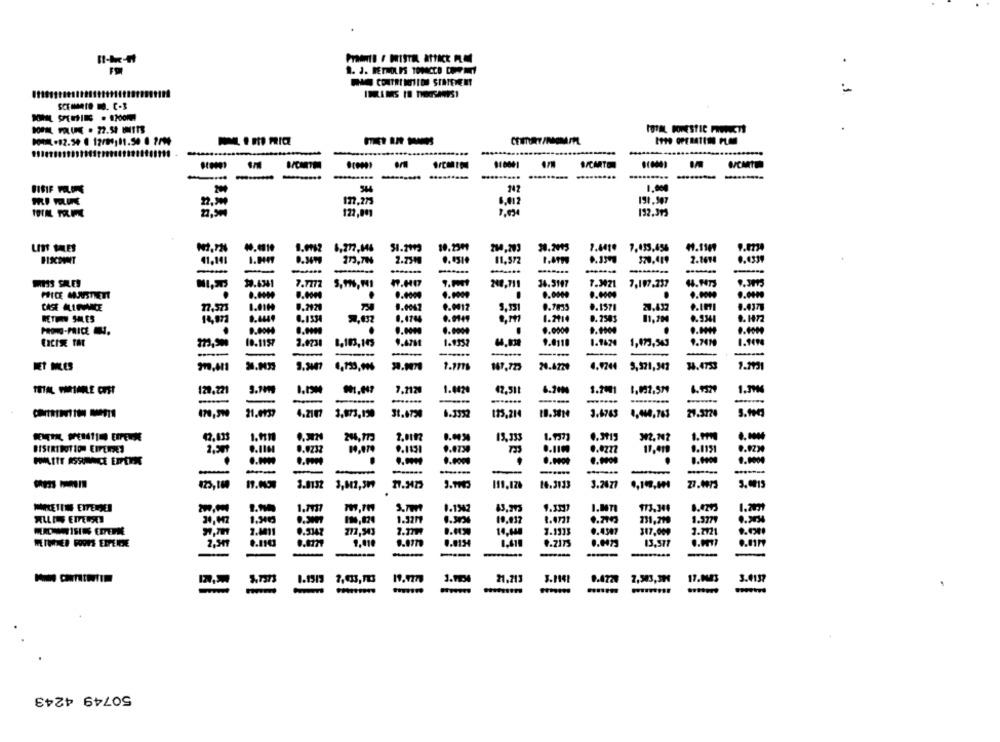
PraatB / MISTEL ATTACK ALCI
1. J. BETNOLES TOMACCE COMPANY
PAR CONTRE MOTION STATEMENT
INLINKS IN THOUSANDS!
DORAL, POLUNE . 22.58 IMITS
TOTAL DOMESTIC PRODUCT!
W/CMTO
.........
BIBIF FILONE
544
147
1.000
127,275
6.012
191.907
122,001
192.39
LITT SALES
8,272,046
51.2193
10.2309
214,203
30. 2015
1.4410 7,135,65%
4.1169
41.141
173,704
2.731
11.577
2.1614
-
-------
MISS SKES
17.6341
n.H07
247.711
34.5197
7.7777
1.9021
7,197,237
PRICE MJUSTHEETHI
.
0.4000
.. 1009
0.0000
.. 0009
...
CASE ALLPUMICE
17,573
0.292
0.0042
9.9417
0.7833
0.1571
20.437
RETURN SALES
0.4449
0.1534
0.4744
0.0149
1.201
0.2583
11,204
0.9341
.
4.0009
0.0000
9.1000
.
10.1157
2.0738
9.4761
1.9352
9.0110
1.1624
1,473,543
9.7419
8.103,143
1.9000
----
---
147,723
20.4720
4.9244
5,321,347
122.221
7,2120
1.4420
47,511
3.7001
-----
-
21.0737
4.2107
3.873,190
3t.6720
6.3332
125,21
3.6743
29.5724
1.11
7.0192
19,333
0.9919
32.202
1.Pm
2,501
9.1160
0.9232
0.0730
4.0272
11.41
0.1151
9.0000
---
-
425,160
3.8132
3,802,309
119,126
14.3133
3.2677
9,10,40
27.1973
3.0015
MARKETING ETTERDEI
M,IN
1.1942
9.3337
1.BOTI
173,340
0.420
1.2m
190,824
1.3277
10.037
731,219
1.3779
2.0011
272,943
2.7797
7.1333
317.009
7.2121
9,010
0.4154
9.7173
13,577
-
--
21.713
2,503,39€
3.4137
1.1517
2,03, 11:
-
50749 4243